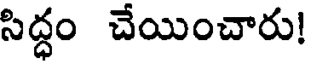
సిద్ధం చేయించారు!